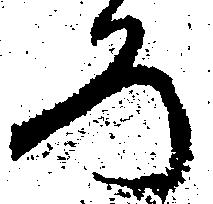
ろ